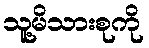
သူ့မိသားစုကို